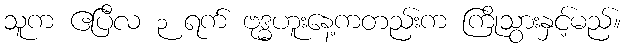
သူက ဧပြီလ ၃ ရက် ဗုဒ္ဓဟူးနေ့ကတည်းက ကြိုသွားနှင့်မည်။